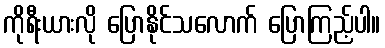
ကိုရီးယားလို ပြောနိုင်သလောက် ပြောကြည့်ပါ။